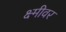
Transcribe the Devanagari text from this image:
क्ष्मीवर